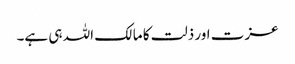
عزت اور ذلت کا مالک اللہ ہی ہے۔